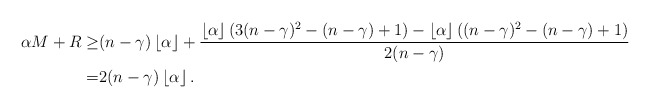
\begin{align*}\alpha M+R \geq &(n-\gamma)\left\lfloor\alpha\right\rfloor +\frac{\left\lfloor\alpha\right\rfloor(3(n-\gamma)^2-(n-\gamma)+1)-\left\lfloor\alpha\right\rfloor((n-\gamma)^2-(n-\gamma)+1)}{2(n-\gamma)} \\ = &2(n-\gamma)\left\lfloor\alpha\right\rfloor. \end{align*}